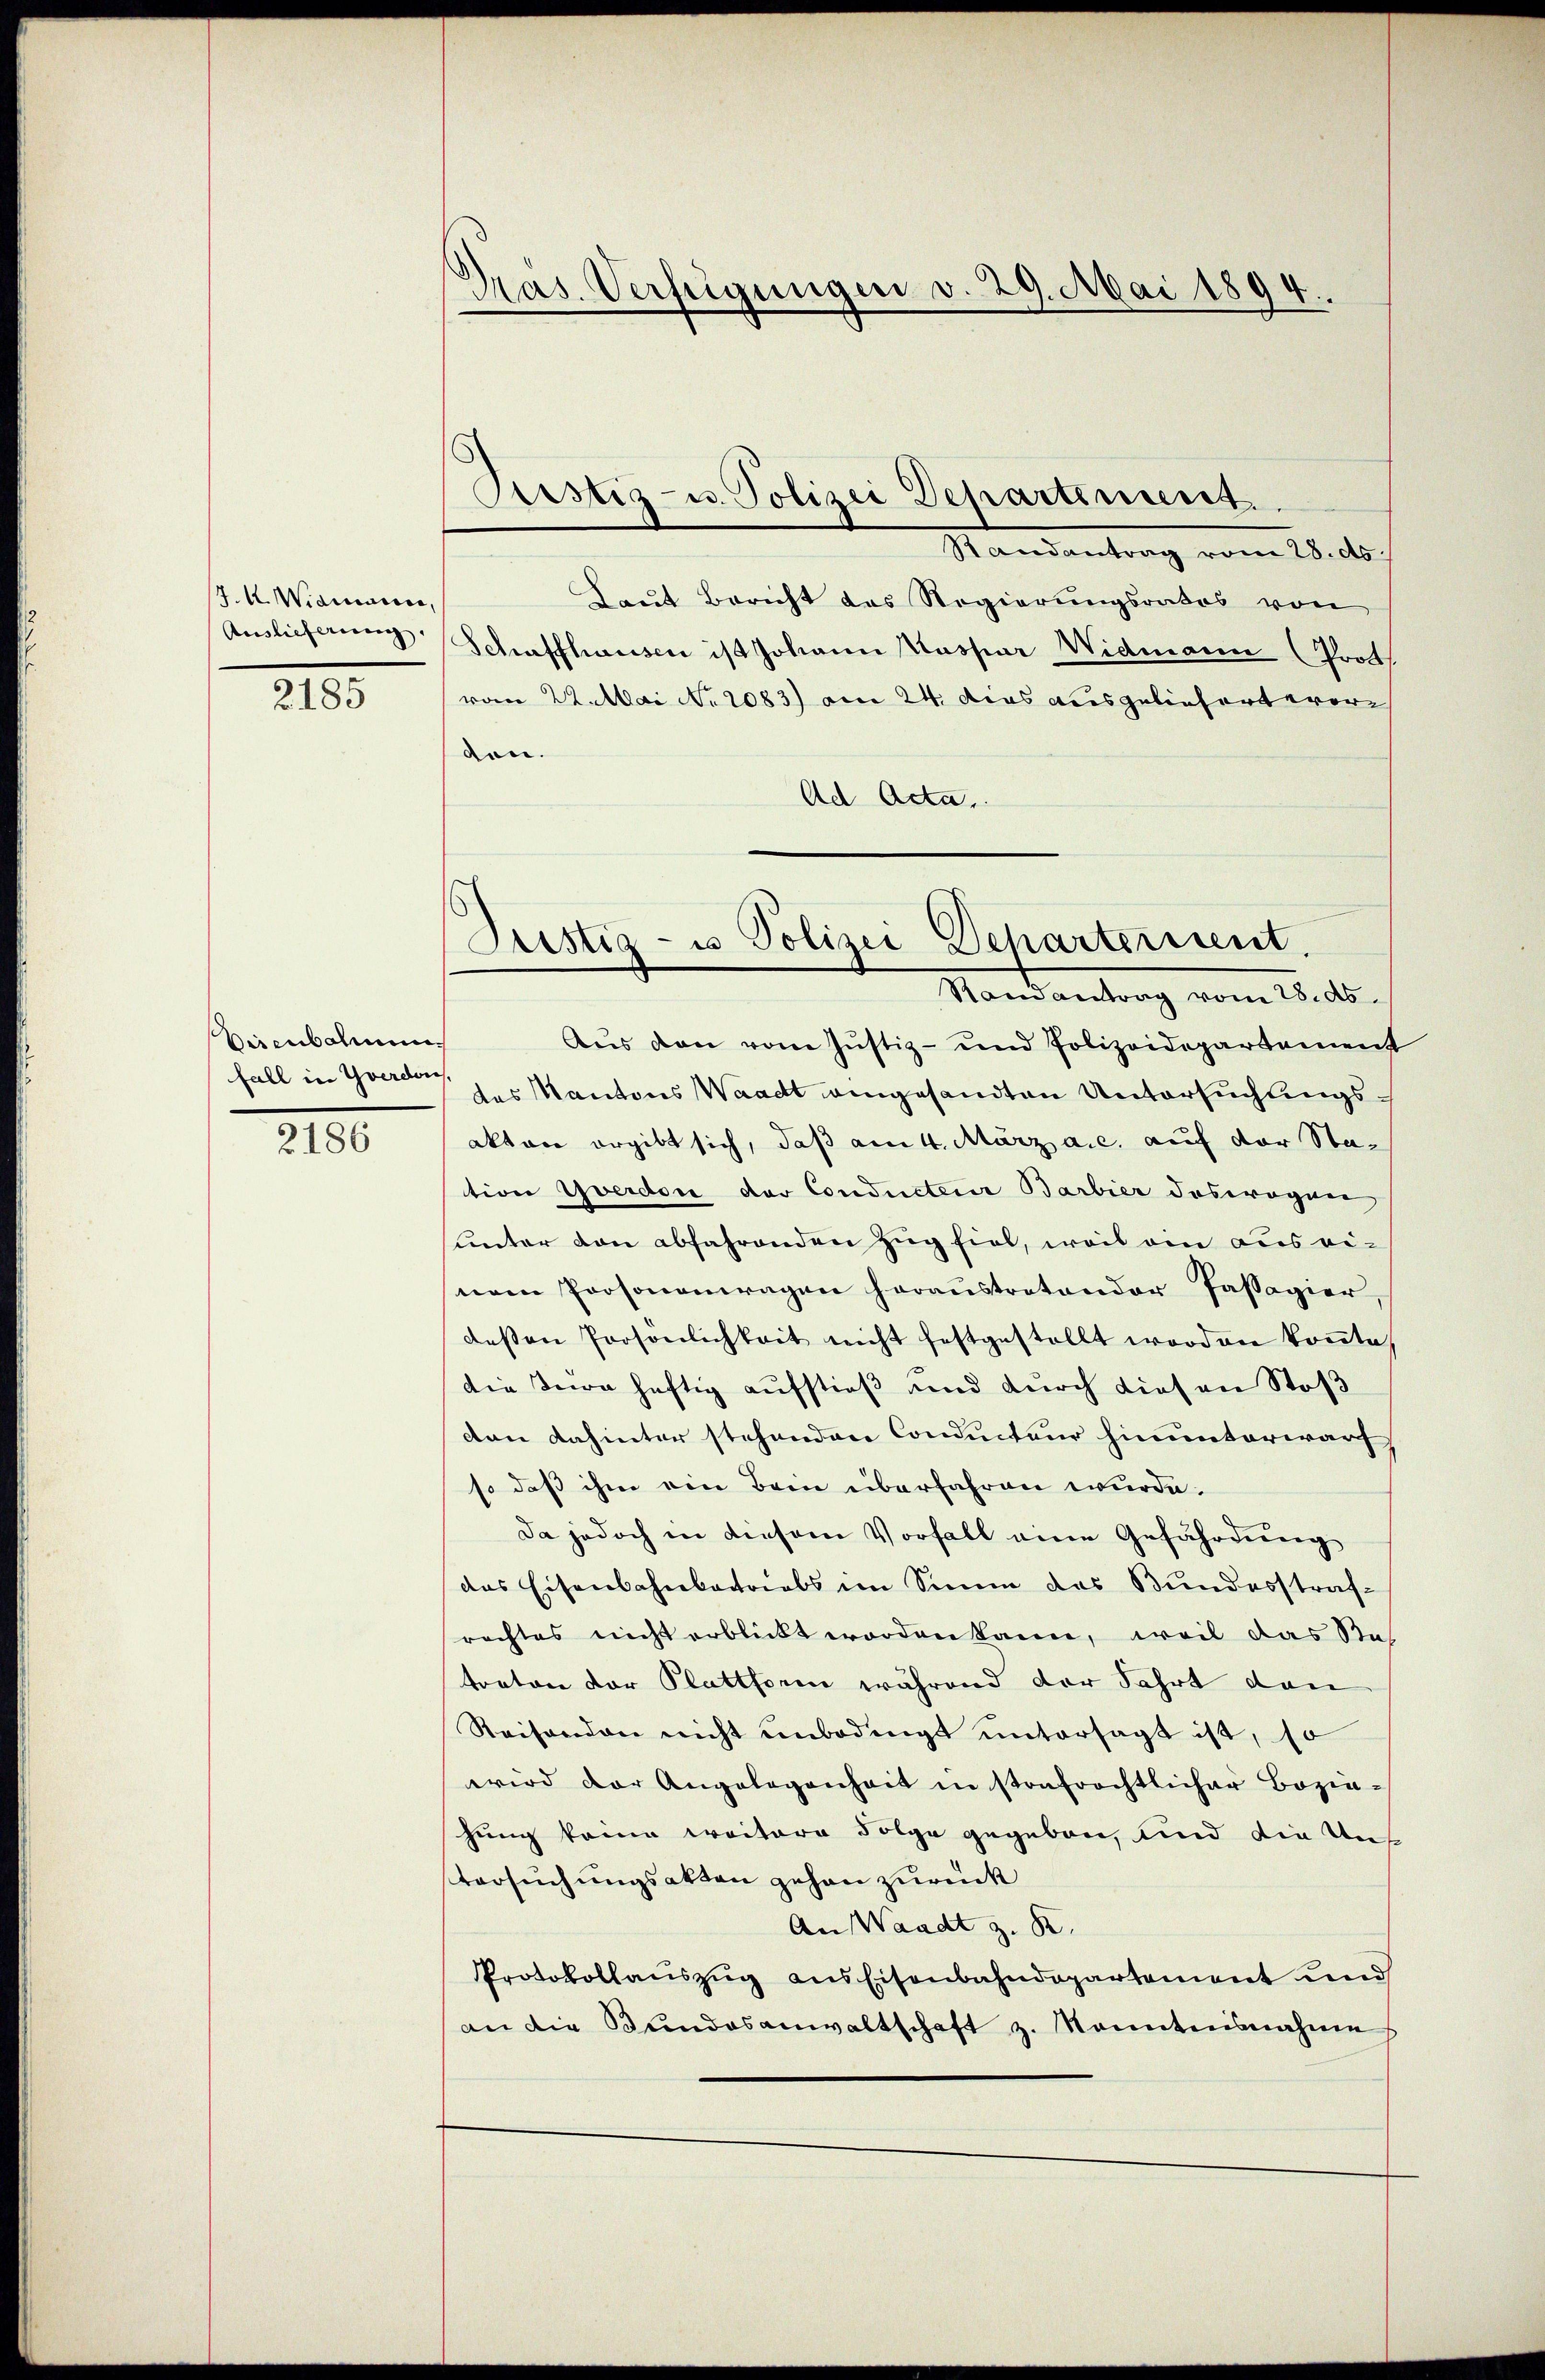
7. Wieinance,
Auslieferung.

2185

Viienbahnung
fall in Yverdor

2186

Pras. Verfügungen v. 29. Mai 1894.

Pustiz- u. Polizei Departement.

6
Justiz- u Polizei Departerssent
Stand antrag vom 15. d.

Randantrag vom 15. ds.
Laut Bericht des Regierungsrates von
Schaffhausen ist Johann Kaspar Widmann (Prot
vom 22. Mai No 2083) am 24. das ausgeliefert wordon.
Ad Acta,
Aus den vom Justiz- und Polizeidepartement
des Mantons Waadt angesandten Untersuchungsakten ergibt sich, daß am 4. März a.c. auf der Station Yverdon der Conducterie Barbier deswegen
unter den abfahrenden Zug fiel, weil ein aus einem Personenwagen heraustretender Passagier,
dessen Persönlichkeit nicht festgestellt worden köṅte,
die Tea heftig aufstieß und durch diesen Stoß
den dahinter stehenden Conducteur hinunterwarf
so daß ihm ein Bein überfahren wurde.
Da jedoch in diesem Vorfall eine Gefährdung
das Eisenbahnbachriebs im Sinne des Bundesstrafrechtes nicht erblickt worden kann, weil das Sa
traton der Plattforin während der Fahrt dan
Reisenden nicht unbedingt untersagt ist, so
wird der Angelegenheit in strafrechtlicher Bozia-
hung keine weitere Folge gegeben, und die Aus
tersuchungsakten gehen zurück
An Waadt z. B.
Protokollauszug aus Eisenbahndepartement und
an die Bŭndesanwaltschaft z. Sonntensnahme